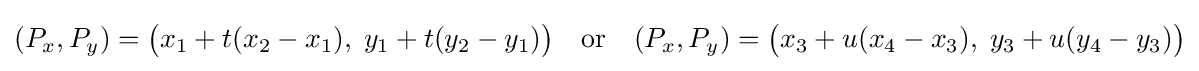
(P_{x},P_{y})={\bigl (}x_{1}+t(x_{2}-x_{1}),\;y_{1}+t(y_{2}-y_{1}){\bigr )}\quad {\text{or}}\quad (P_{x},P_{y})={\bigl (}x_{3}+u(x_{4}-x_{3}),\;y_{3}+u(y_{4}-y_{3}){\bigr )}